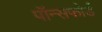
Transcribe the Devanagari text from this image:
पॉन्सफोर्ड